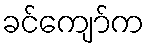
ခင်ကျော်က